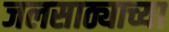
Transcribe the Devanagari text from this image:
जलसाठ्याच्या